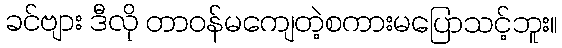
ခင်ဗျား ဒီလို တာဝန်မကျေတဲ့စကားမပြောသင့်ဘူး။